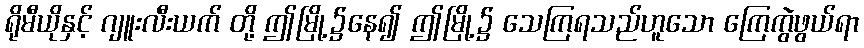
ရိုမီယိုနှင့် ဂျူးလီးယက် တို့ ဤမြို့၌နေ၍ ဤမြို့၌ သေကြရသည်ဟူသော ကြေကွဲဖွယ်ရာ